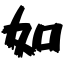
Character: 如